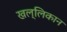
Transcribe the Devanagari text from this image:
खल्लिकान